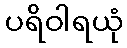
ပရိဝါရယုံ